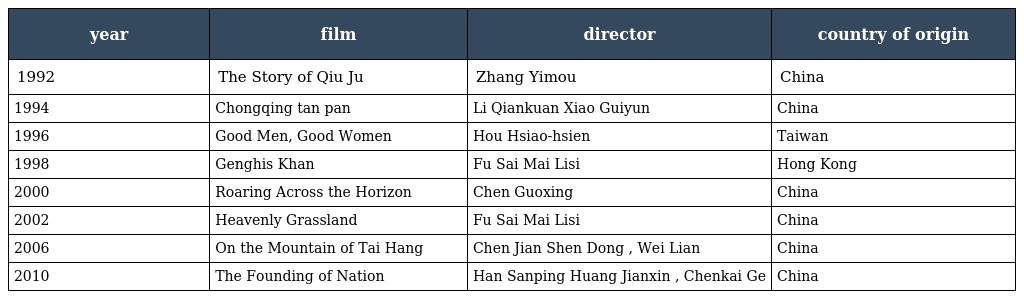
| year | film | director | country of origin |
 | --- | --- | --- | --- |
 | 1992 | The Story of Qiu Ju | Zhang Yimou | China |
 | 1994 | Chongqing tan pan | Li Qiankuan Xiao Guiyun | China |
 | 1996 | Good Men, Good Women | Hou Hsiao-hsien | Taiwan |
 | 1998 | Genghis Khan | Fu Sai Mai Lisi | Hong Kong |
 | 2000 | Roaring Across the Horizon | Chen Guoxing | China |
 | 2002 | Heavenly Grassland | Fu Sai Mai Lisi | China |
 | 2006 | On the Mountain of Tai Hang | Chen Jian Shen Dong , Wei Lian | China |
 | 2010 | The Founding of Nation | Han Sanping Huang Jianxin , Chenkai Ge | China |